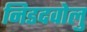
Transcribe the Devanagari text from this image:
निडदवोलु